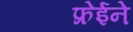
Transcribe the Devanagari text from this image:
फ्रेईने